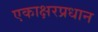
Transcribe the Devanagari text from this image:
एकाक्षरप्रधान